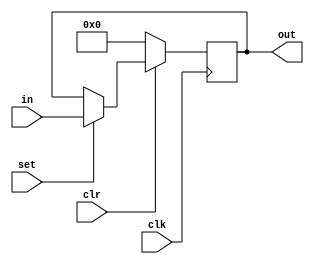
`timescale 1ns / 1ps
///////////////////////////////////////////////////////////////////////////////////////
//Alex Hendren
//Sean McFeely
//EE480 - Heath
//DVHW 11 - Interrupt System (ld_st reg)
//Parameterized load store register built on DVHW6. 
//
//
//
//   set  clr  funct
//    0    0    clear register to zero
//		1	  0	 clear register to zero
//    0    1    store
//    1    1    load from input
//
///////////////////////////////////////////////////////////////////////////////////////
module ld_st_reg(in, set, clr, clk, out);
    parameter n = 4;            //register size in bits
    input [n-1:0] in;           //load input
    input set;                  //set
    input clr;                  //active-low clear
    input clk;                  //clock
    output reg [n-1:0] out;     //output
    
    always@(posedge clk)
    begin
        if(clr == 0)            //clear to 0s
        begin
            out <= 0;
        end
        else if(set == 1)       //load
        begin
            out <= in;
        end
        else             			//store
        begin
            out <= out;
        end
    end
    
endmodule